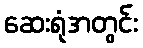
ဆေးရုံအတွင်း